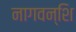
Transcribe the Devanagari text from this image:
नागवन्शि